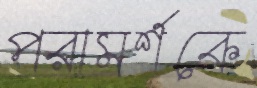
পরামর্শকে